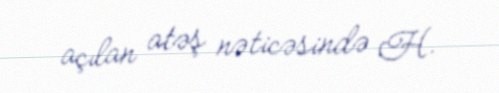
açılan atəş nəticəsində H.